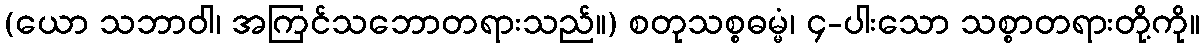
(ယော သဘာဝါ၊ အကြင်သဘောတရားသည်။) စတုသစ္စဓမ္မံ၊ ၄-ပါးသော သစ္စာတရားတို့ကို။